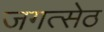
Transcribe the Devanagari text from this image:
जगत्सेठ